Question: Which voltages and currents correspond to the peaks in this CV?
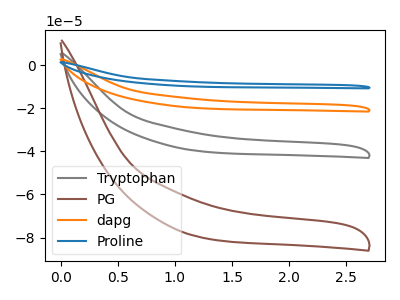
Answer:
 <answer>The gray curve "Tryptophan" has no peaks. The brown curve "PG" has no peaks. The orange curve "dapg" has no peaks. The blue curve "Proline" has no peaks.</answer>
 <eval></eval>